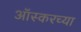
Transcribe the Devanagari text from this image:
ऑस्करच्या